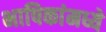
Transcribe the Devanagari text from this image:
भाषिकांमध्ये